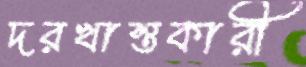
দরখাস্তকারী